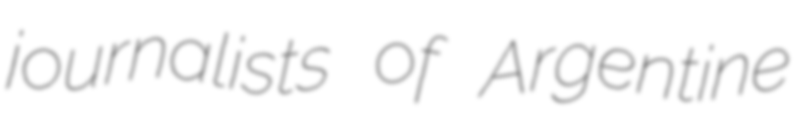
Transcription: journalists of Argentine